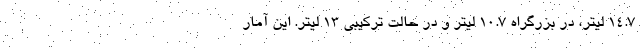
14.7 لیتر، در بزرگراه 10.7 لیتر و در حالت ترکیبی 13 لیتر. این آمار